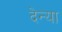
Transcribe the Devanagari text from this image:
देन्या